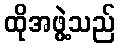
ထိုအဖွဲ့သည်